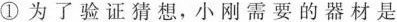
①为了验证猜想，小刚需要的器材是